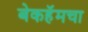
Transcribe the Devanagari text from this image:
बेकहॅमचा